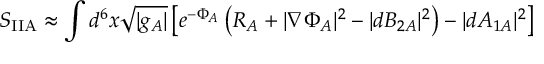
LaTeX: S _ { \mathrm { I I A } } \approx \int d ^ { 6 } x \sqrt { | g _ { A } | } \left[ e ^ { - \Phi _ { A } } \left( R _ { A } + | \nabla \Phi _ { A } | ^ { 2 } - | d B _ { 2 A } | ^ { 2 } \right) - | d A _ { 1 A } | ^ { 2 } \right]